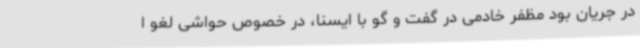
در جریان بود مظفر خادمی در گفت و گو با ایسنا، در خصوص حواشی لغو ا